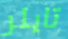
تايلر